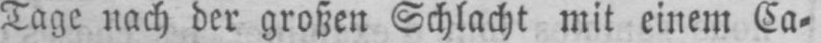
Tage nach der großen Schlacht mit einem Ca⸗